Calcutta medical institutions reports 1892-1900
Year: 1892
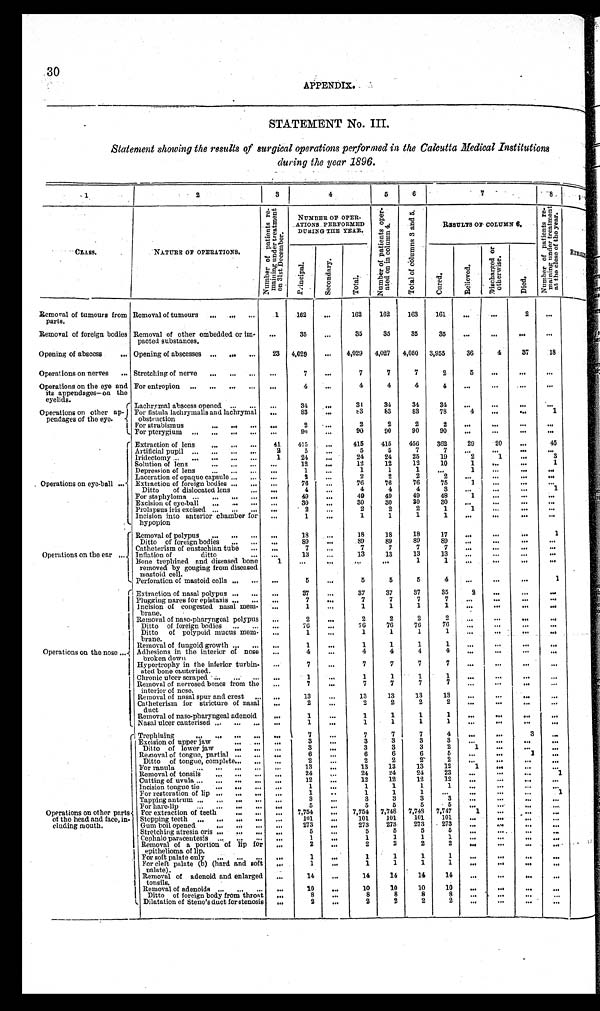
30
APPENDIX.
STATEMENT No. III.
Statement showing the results of surgical operations performed in the Calcutta Medical Institutions
during the year 1896.
1
2
3
4
5
6
7 8
9
CLASS.
NATURE OF OPERATIONS.
N u m b e r o f p a t i e n t s r e - m a i n i n g u n d e r t r e a t m e n t o n 3 1 s t D e c e m b e r .
NUMBER OF OPER
- A T I O N S P E R F O R M E D
DURING THE YEAR.
N u m b e r o f p a t i e n t s o p e r - a t e d o n i n c o l u m n 4 .
T o t a l o f c o l u m n s 3 a n d 5 .
RESULTS OF COLUMN 6.
N u m b e r o f p a t i e n t s r e - m a i n i n g u n d e r t r e a t m e n t a t t h e c l o s e o f t h e y e a r .
R E M A R K S .
P r i n c i p a l .
S e c o n d a r y .
T o t a l .
C u r e d .
R e l i e v e d .
D i s c h a r g e d o r o t h e r w i s e .
D i e d .
Removal of tumours from
p a r t s .
Removal of tumours . . .
1
162
. . .
162
162
163
161
. . .
. . .
2
. . .
Removal of foreign bodies Removal of other embedded or im-
pacted substances.
. . .
35
. . .
35
35
35
35
. . .
. . .
. . .
. . .
Opening of abscess . . . Opening of abscesses . . .
23
4,029
. . . 4,029 4,027 4,050 3,955
36
4
37
18
Operations on nerves . . . Stretching of nerve . . .
. . .
7
. . .
7
7
7
2
5
. . .
. . .
. . .
Operations on the eye and
its appendages-on the
eyelids.
For entropion . . .
. . .
4
. . .
4
4
4
4
. . .
. . .
. . .
. . .
Operations on other ap -
pendages of the eye.
Lachrymal abscess opened . . .
. . .
34 . . .
3 4
34
34
34
. . .
. . .
. . .
. . .
For fistula lachrymalis and lachrymal
obstruction
. . .
83
. . .
83
83
83
78
4
. . .
. . .
1
For strabismus . . .
. . .
2 . . .
2
2
2
2
. . .
. . .
. . .
. . .
For pterygium . . .
. . .
9 0
. . .
90
90
90
90
. . .
. . .
. . .
. . .
Operations on eye-ball . . .
Extraction of lens . . .
41
415
. . .
415
415
456
362
29
20
. . .
45
Artificial pupil . . .
2
5
. . .
5
5
7
7
. . .
. . .
. . .
. . .
lridectomy . . .
1
24
. . .
24
24
25
19
2
1
. . .
3
Solution of lens . . .
. . .
12
. . .
12
12
12
10
1
. . .
. . .
1
Depression of lens . . .
. . .
1
. . .
1
1
1
. . .
1
. . .
. . .
. . .
Laceration of opaque capsule . . .
. . .
2
. . .
2
2
2
2
. . .
. . .
. . .
. . .
Extractiou of foreign bodies . . .
. . .
76 . . .
76
76
76
75
1
. . .
. . .
. . .
Ditto of dislocated lens . . .
. . .
4
. . .
4
4
4
3
. . .
. . .
. . .
1
For staphyloma . . .
. . .
49
. . .
49
49
49
48
1
. . .
. . .
. . .
Excision of eye-ball . . .
. . .
30
. . .
30
30
30
30
. . .
. . .
. . .
. . .
Prolapsus iris excised . . .
. . .
2
. . .
2
2
2
1
1
. . .
. . .
. . .
Incision into anterior chamber for
hypopion . . .
. . .
1
. . .
1
1
1
1
. . .
. . .
. . .
. . .
Operations on the ear . . .
Removal of polypus . . .
. . .
18
. . .
18
18
18
17
. . .
. . .
. . .
1
D i t t o o f f o r e i g n b o d i e s . . .
. . .
89
. . .
8 9
89
89
89
. . .
. . .
. . .
. . .
Catheterism of eustachian tube
. . .
. . .
7 . . .
7
7
7
7
. . .
. . .
. . .
. . .
Inflation of ditto . . .
. . .
13 . . .
13
13
13
13
. . .
. . .
. . .
. . .
Bone trephined and diseased bone
removed by gouging from diseased
mastoid cell.
1
. . .
. . .
. . .
. . .
1
1
. . .
. . .
. . .
. . .
Perforation of mastoid cells . . .
. . .
5
. . .
5
5
5
4
. . .
. . .
. . .
1
Operations on the nose . . .
Extraction of nasal polypus . . .
. . .
37
. . .
37
37
37
35
2
. . .
. . .
. . .
Plugging nares for epistaxis . . .
. . .
7
. . .
7
7
7
7
. . .
. . .
. . .
. . .
Incision of congested nasal mem
-brane.
. . .
1
. . .
1
1
1
1
. . .
. . .
. . .
. . .
Removal of naso-pharyngeal polypus
. . .
2
. . .
2
2
2
2
. . .
. . .
. . .
. . .
Ditto of foreign bodies . . .
. . .
76
. . .
76
76
76
76
. . .
. . .
. . .
. . .
Ditto of polypoid mucus mem
-brane.
. . .
1
. . .
1
1
1
1
. . .
. . .
. . .
. . .
Removal of fungoid growth . . .
. . .
1
. . .
1
1
1
1
. . .
. . .
. . . . . .
Adhesions in the interior of nose
broken down
. . .
4
. . .
4
4
4
4
. . .
. . .
. . .
. . .
Hypertrophy in the inferior turbin
-adea bone cauterised.
. . .
7
. . .
7
7
7
7
. . .
. . .
. . .
. . .
Chronic ulcer scraped . . .
. . .
1 . . .
1
1
1
1
. . .
. . .
. . .
. . .
Removal of necrosed bones from the
interior of nose.
. . .
7
. . .
7
7
7
7
. . .
. . .
. . .
. . .
Removal of nasal spur and crest . . .
. . .
13
. . .
13
13
13
13
. . .
. . .
. . .
. . .
Catheterism for stricture of nasal
duct
. . .
2
. . .
2
2
2
2
. . .
. . .
. . .
. . .
Removal of naso-pharyngeal adenoid
. . .
1
. . .
1
1
1
1
. . .
. . .
. . .
. . .
Nasal ulcer cauterised . . .
. . .
1
. . .
1
1
1
1
. . .
. . .
. . .
. . .
Operations on other parts
of the head and face, in
-cluding mouth.
Trephining . . .
. . .
7
. . .
7
7
7
4
. . .
. . .
3
. . .
Excision of upper jaw . . .
. . .
3
. . .
3
3
3
3
. . .
. . .
. . .
. . .
Ditto of lower jaw . . .
. . .
3
. . .
3
3
3
2
1
. . .
. . .
. . .
Removal of tongue, partial . . .
. . .
6
. . .
6
6
6
5
. . .
. . .
1
. . .
Ditto of tongue, complete . . .
. . .
2
. . .
2
2
2
2
. . .
. . .
. . .
. . .
For ranula . . .
. . .
1 3
. . .
13
13
13
12
1
. . .
. . .
. . .
Removal of tonsils . . .
. . .
2 4
. . .
24
24
24
23
. . .
. . .
. . .
1
Cutting of uvula . . .
. . .
12
. . .
12
12
12
12
. . .
. . .
. . .
. . .
Incision tongue tie . . .
. . .
1
. . .
1
1
1
1
. . .
. . .
. . .
. . .
For restoration of lip . . .
. . .
1
. . .
1
1
1
. . .
. . .
. . .
. . .
1
Tapping antrum . . .
. . .
3
. . .
3
3
3
3
. . .
. . .
. . .
. . .
For hare-lip . . .
. . .
5
. . .
5
5
5
5
. . .
. . .
. . .
. . .
For extraction of teeth . . .
. . . 7,754
. . .
7,754 7,748 7,748 7,747
1
. . .
. . .
. . .
Stopping teeth . . .
. . .
101
. . .
101
101
101
101
. . .
. . .
. . .
. . .
Gum boil opened . . .
. . .
273
. . .
273
273
273
2 7 3
. . .
. . .
. . .
. . .
Stretching atresia oris . . .
. . .
5
. . .
5
5
5
5
. . .
. . .
. . .
. . .
C e p h a l o p a r a c e n t e s i s . . .
. . .
1
. . .
1
1
1
1
. . .
. . .
. . .
. . .
Removal of a portion of lip for
epithelioma of lip.
. . .
2
. . .
2
2
2
2
. . .
. . .
. . .
. . .
For soft palate only . . .
. . .
1
. . .
1
1
1
1
. . .
. . .
. . .
. . .
For cleft palate (b) (hard and soft
palate).
. . .
1
. . .
1
1
1
1
. . .
. . .
. . .
. . .
Removal of adenoid and enlarged
tonsils.
. . .
14
. . .
14
14
14
14
. . .
. . .
. . .
. . .
Removal of adenoids . . .
. . .
10
. . .
10
10
10
10
. . .
. . .
. . .
. . .
Ditto of foreign body from throat
. . .
8
. . .
8
8
8
8
. . .
. . .
. . .
. . .
Dilatation of Steno's duct for stenosis
. . .
2
. . .
2
2
2
2
. . .
. . .
. . .
. . .